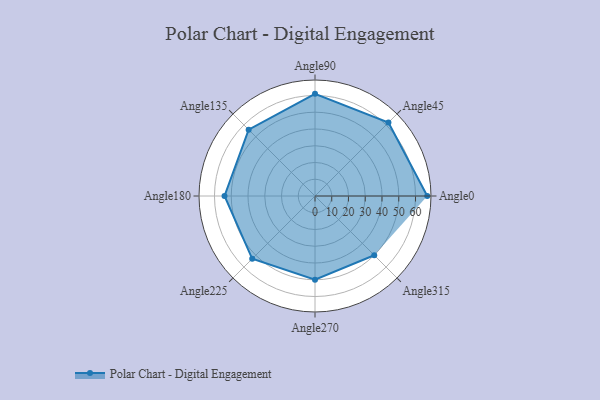
{"axis": {"x": "Angle", "y": "Radius"}, "legend": [""], "data": [{"x": "Angle0", "y": 67.0, "type": ""}, {"x": "Angle45", "y": 62.0, "type": ""}, {"x": "Angle90", "y": 61.0, "type": ""}, {"x": "Angle135", "y": 56.0, "type": ""}, {"x": "Angle180", "y": 54.0, "type": ""}, {"x": "Angle225", "y": 53.0, "type": ""}, {"x": "Angle270", "y": 50, "type": ""}, {"x": "Angle315", "y": 50, "type": ""}]}